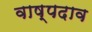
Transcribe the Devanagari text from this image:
वाष्पदाव